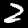
Label: 2